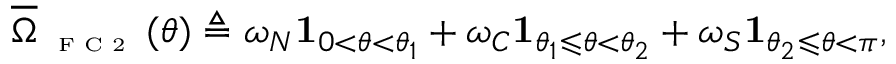
\overline { { \Omega } } _ { \textnormal { \tiny { F C 2 } } } ( \theta ) \triangleq \omega _ { N } \mathbf { 1 } _ { 0 < \theta < \theta _ { 1 } } + \omega _ { C } \mathbf { 1 } _ { \theta _ { 1 } \leqslant \theta < \theta _ { 2 } } + \omega _ { S } \mathbf { 1 } _ { \theta _ { 2 } \leqslant \theta < \pi } ,